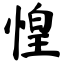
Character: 惶